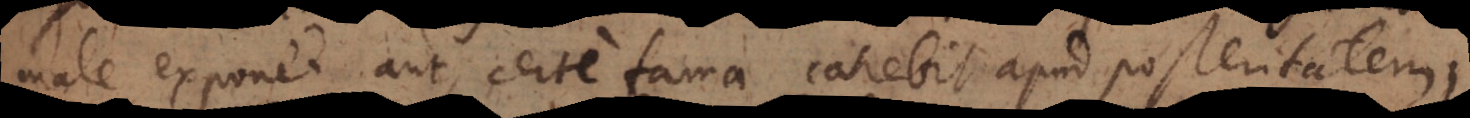
male exponet aut certe fama carebit apud posteritatem,